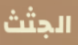
الجثث